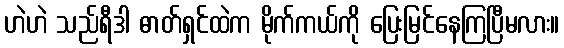
ဟဲဟဲ သည်ရီဒါ ဓာတ်ရှင်ထဲက မိုက်ကယ်ကို ပြေးမြင်နေကြပြီမလား။